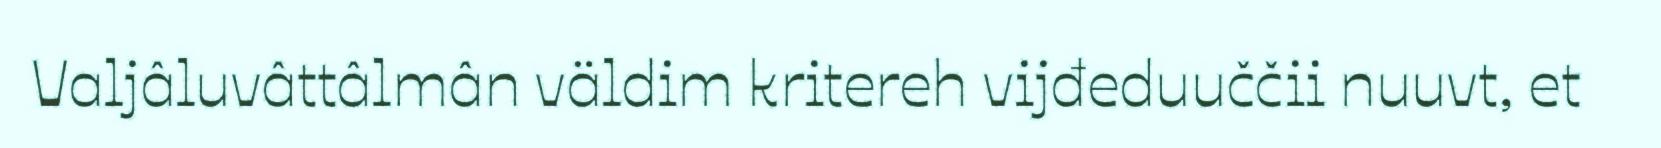
Valjâluvâttâlmân väldim kritereh vijđeduuččii nuuvt, et